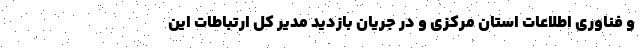
و فناوری اطلاعات استان مرکزی و در جریان بازدید مدیر کل ارتباطات این